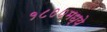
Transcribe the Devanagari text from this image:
१८००मध्ये